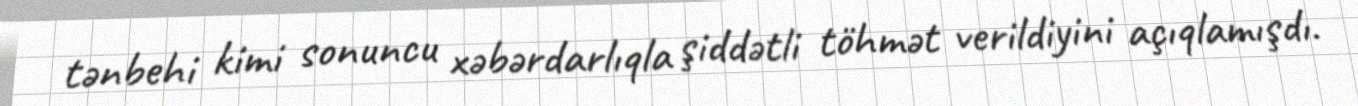
tənbehi kimi sonuncu xəbərdarlıqla şiddətli töhmət verildiyini açıqlamışdı.